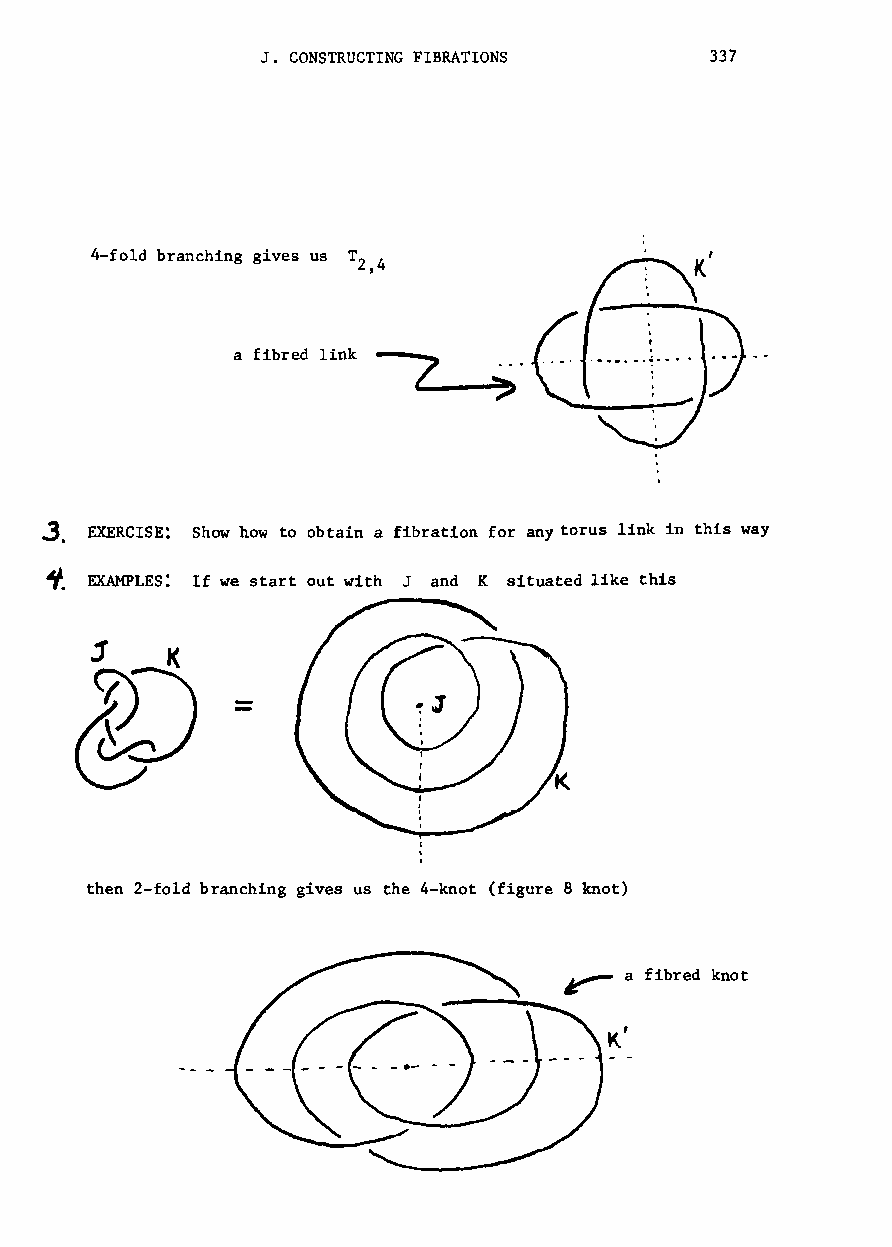
J. CONSTRUCTING FIBRATIONS    337
 4-fold branching gives us T 4
 Z
 t
 a fibred link
 ~. EXERCISE: Show how to obtain a fibration for any torus link in this way
 ~. EXAMPLES: If we start out with J and K situated like this
 then 2-fold branching gives us the 4-knot (figure 8 knot)